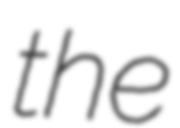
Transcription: the